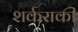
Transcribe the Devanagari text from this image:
शर्कराकी